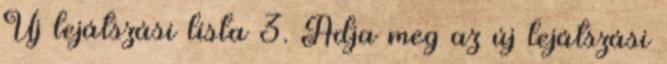
Új lejátszási lista 3. Adja meg az új lejátszási